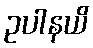
ဥပါနယိ